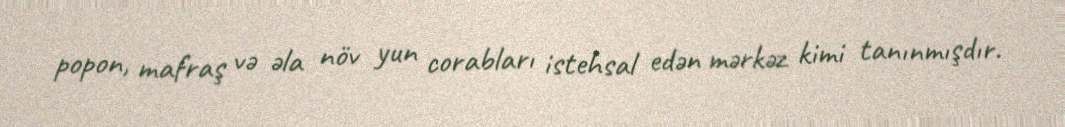
popon, mafraş və əla növ yun corabları istehsal edən mərkəz kimi tanınmışdır.